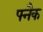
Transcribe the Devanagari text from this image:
फ्नैक